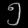
Digit: ၅